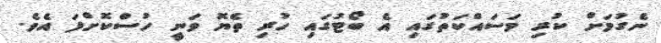
ނެގުމަށް ކުރި މަސައްކަތުގައި އެ ބޯޓުގައި ހުރި ތެޔޮ ވަނީ ހުސްކޮށްފަ އެވެ.